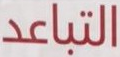
التباعد